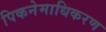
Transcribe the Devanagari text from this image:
पिकनेमाधिकरण